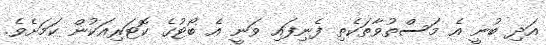
އަދި ބުނީ އެ މަސްތުވާތަކެތި ފެނިފައި ވަނީ އެ ބޯޓުގެ ކޮޓަރިއަކުން ކަމަށެވެ.